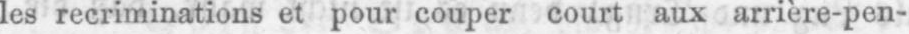
les recriminations et pour couper court aux arrière-pen-